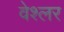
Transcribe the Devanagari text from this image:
वेश्लर